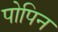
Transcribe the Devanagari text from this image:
पोपिन